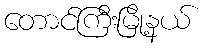
တောင်ကြီးမြို့နယ်